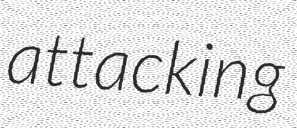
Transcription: attacking